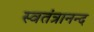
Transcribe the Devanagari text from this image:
स्वतंत्रानन्द